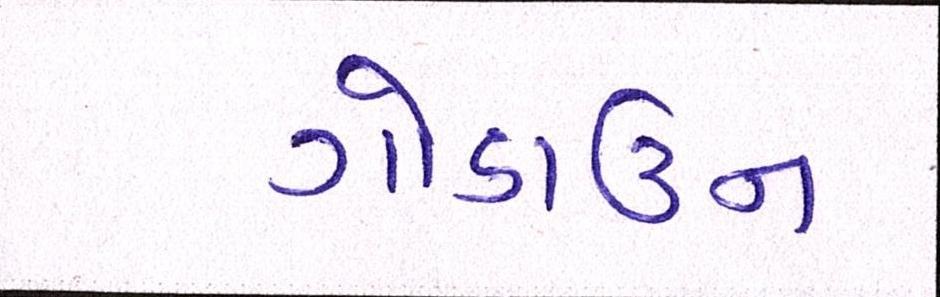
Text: ગોડાઉન